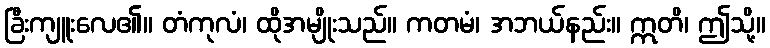
ခြီးကျူးလေ၏။ တံကုလံ၊ ထိုအမျိုးသည်။ ကတမံ၊ အဘယ်နည်း။ ဣတိ၊ ဤသို့။